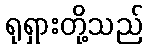
ရုရှားတို့သည်